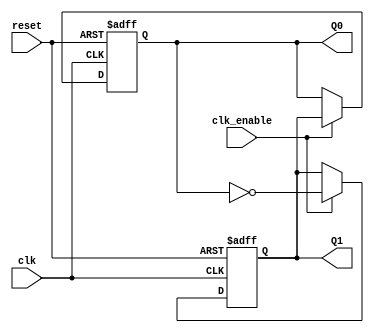
module dual_stage_johnson_counter (
    input wire clk,          // Clock input
    input wire reset,        // Asynchronous reset input
    input wire clk_enable,   // Clock enable input (optional)
    output reg Q1,          // Output of the first flip-flop
    output reg Q0           // Output of the second flip-flop
);

// State transition logic
always @(posedge clk or posedge reset) begin
    if (reset) begin
        // Asynchronous reset to 00
        Q1 <= 1'b0;
        Q0 <= 1'b0;
    end else if (clk_enable) begin
        // Johnson counter state transition
        Q1 <= ~Q0;  // Feedback inverted from Q0 to Q1
        Q0 <= Q1;   // Shift the state
    end
end

endmodule